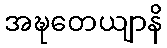
အဍ္ဎတေယျာနိ